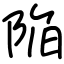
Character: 陥